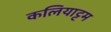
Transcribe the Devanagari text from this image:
कलियाट्टम